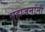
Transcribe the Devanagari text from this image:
महाजनांनी